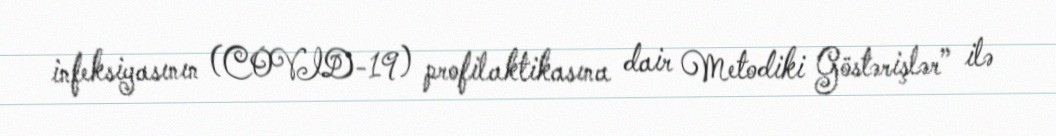
infeksiyasının (COVID-19) profilaktikasına dair Metodiki Göstərişlər” ilə